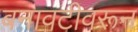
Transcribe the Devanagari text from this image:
बनावटीवरून